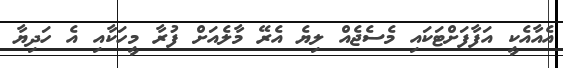
އެއާއެކީ އަފާފަށްޓަކައި މެސެޖެއް ލިޔެ އެރޭ މާލެއަށް ފުރާ މީހަކާއި އެ ހަދިޔާ